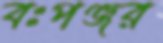
বঃপঞ্জর